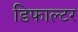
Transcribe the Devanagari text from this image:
डिफाल्टर